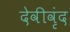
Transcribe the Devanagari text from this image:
देवीवृंद